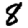
Digit: 8